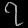
Digit: ၇